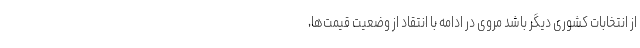
از انتخابات کشوری دیگر باشد مروی در ادامه با انتقاد از وضعیت قیمت‌ها،